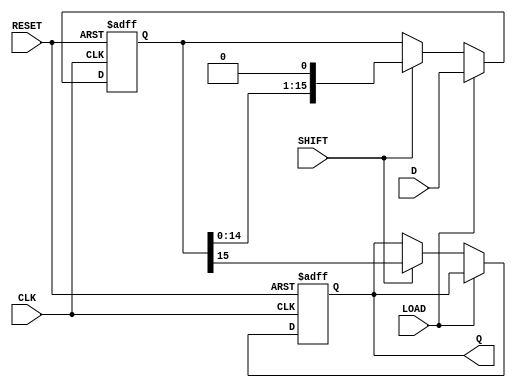
module PISO_Register (
    input wire [15:0] D,        // 16-bit data input
    input wire LOAD,            // Load control signal
    input wire SHIFT,           // Shift control signal
    input wire CLK,             // Clock signal
    input wire RESET,           // Asynchronous reset signal
    output reg Q                // Serial output
);

    reg [15:0] shift_reg;       // 16-bit shift register

    // Always block for asynchronous reset and loading
    always @(posedge CLK or posedge RESET) begin
        if (RESET) begin
            shift_reg <= 16'b0;  // Clear the register on reset
            Q <= 1'b0;           // Clear the output on reset
        end else if (LOAD) begin
            shift_reg <= D;      // Load data into the shift register
        end else if (SHIFT) begin
            // Shift the register and output the MSB
            Q <= shift_reg[15];  // Output the MSB (most significant bit)
            shift_reg <= {shift_reg[14:0], 1'b0}; // Shift left (MSB out)
        end
    end

endmodule